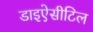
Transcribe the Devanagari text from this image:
डाइऐसीटिल